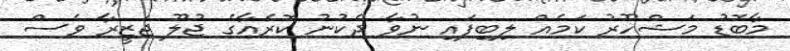
މާބޮޑު މަޝްހޫރު ކަމެއް ލިބިފައި ނުވާ ދެކުނު ކޮރެއާގެ ޖުލޫ ޖަޒީރާ ވެސް